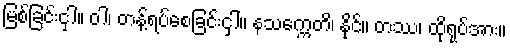
မြစ်ခြင်းငှါ။ ဝါ၊ တန့်ရပ်စေခြင်းငှါ။ နသက္ကေတိ၊ နိုင်။ တဿ၊ ထိုရုပ်အား။